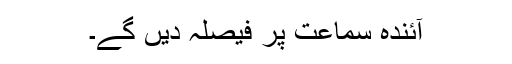
آئندہ سماعت پر فیصلہ دیں گے۔